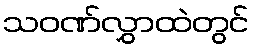
သဝဏ်လွှာထဲတွင်